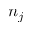
n _ { j }